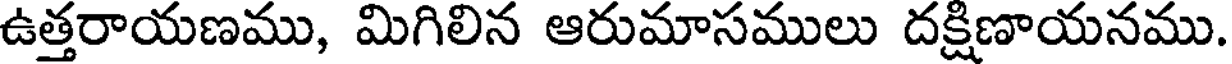
ఉత్తరాయణము, మిగిలిన ఆరుమాసములు దక్షిణాయనము.